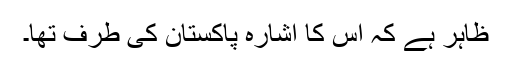
ظاہر ہے کہ اس کا اشارہ پاکستان کی طرف تھا۔